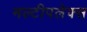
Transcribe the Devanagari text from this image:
मल्टीपलेक्स